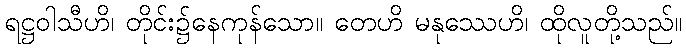
ရဋ္ဌဝါသီဟိ၊ တိုင်း၌နေကုန်သော။ တေဟိ မနုဿေဟိ၊ ထိုလူတို့သည်။